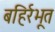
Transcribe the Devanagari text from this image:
बहिर्रभूत